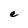
Character: e